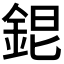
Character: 𨦆